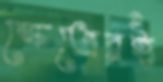
ক্ষেত্রেরই